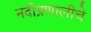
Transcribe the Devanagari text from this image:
नदीप्रणालीचे